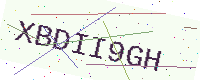
Text: XBDII9GH